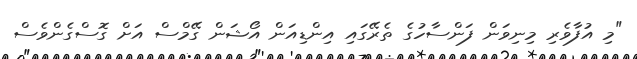
"މި އުފާވެރި މިނިވަން ފަންސާހުގެ ތެރޭގައި އިންޑިއަން އޯޝަން ގޭމްސް އަށް ގޮސްގެންވެސް